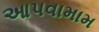
આપવામામ